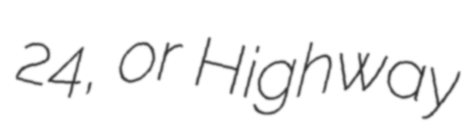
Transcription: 24, or Highway